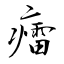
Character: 癗